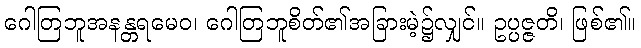
ဂေါတြဘူအနန္တရမေဝ၊ ဂေါတြဘူစိတ်၏အခြားမဲ့၌လျှင်။ ဥပ္ပဇ္ဇတိ၊ ဖြစ်၏။